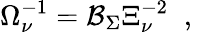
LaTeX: \Omega_{\nu}^{-1}=\mathcal{B}_{\Sigma}\Xi_{\nu}^{-2}\; \; ,\; \;